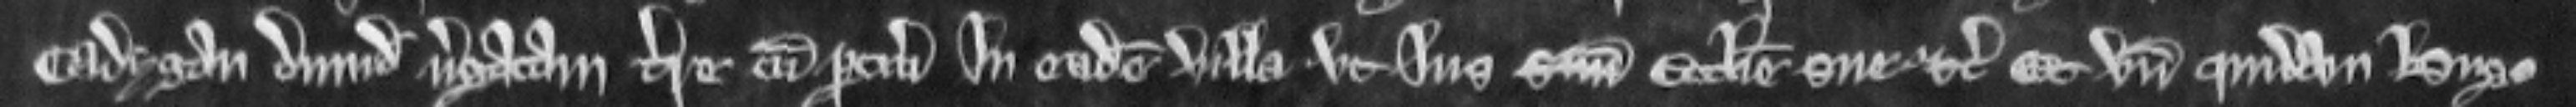
Cadygan dimidiam virgatam terre cum pertinenciis in eadem villa ut jus suum ecclesie sue etc. Et unde quidam Hugo